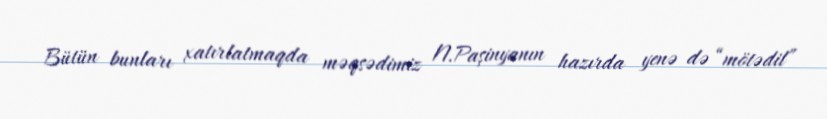
Bütün bunları xatırlatmaqda məqsədimiz N.Paşinyanın hazırda yenə də “mötədil”